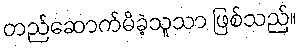
တည်ဆောက်မိခဲ့သူသာ ဖြစ်သည်။